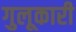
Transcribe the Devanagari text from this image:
गुलूकारी